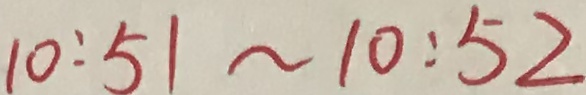
1 0 : 5 1 \sim 1 0 : 5 2